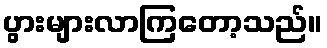
ပွားများလာကြတော့သည်။